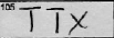
Transcription: TTX